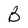
Character: B